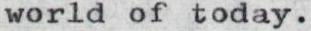
world of today.